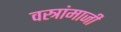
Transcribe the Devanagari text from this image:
वस्त्रांमाजी